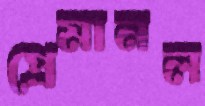
প্রেমানল